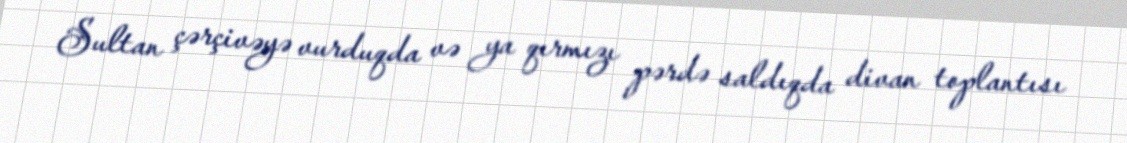
Sultan çərçivəyə vurduqda və ya qırmızı pərdə saldıqda divan toplantısı